Civil Veterinary Department Bihar & Orissa reports 1911-21 - 1911-1921
Year: 1911
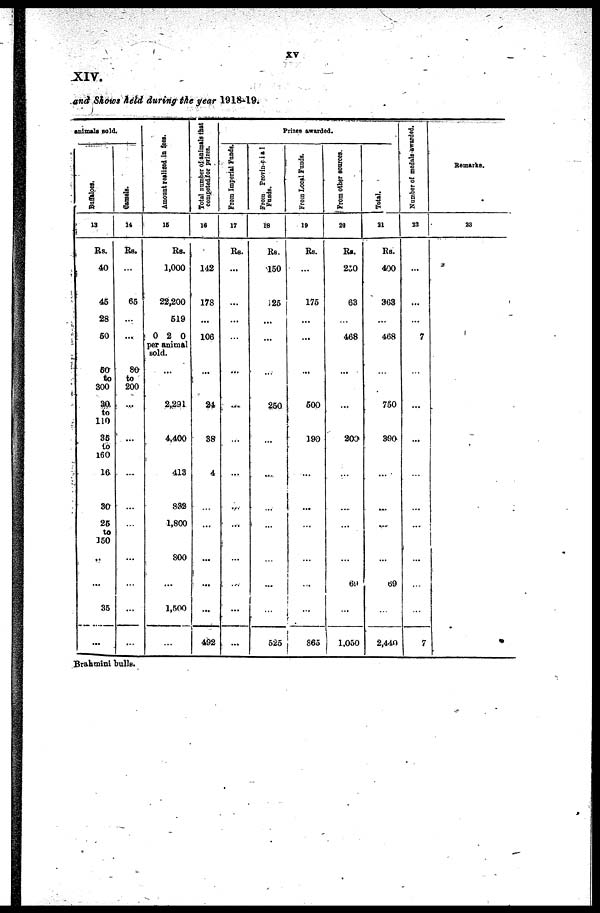
XV
XIV.
and Shows held during the year 1918-19.
animals sold.
Buffaloes.
13
Rs.
40
45
28
60
50
to
300
30
to
110
35
to
160
16
30
25
to
150
...
...
35
...
Camels.
14
Rs.
…
65
...
...
80
to
200
…
…
…
…
…
…
...
…
...
...
Amount realized in fees.
15
Rs.
1,000
22,200
519
0 2 0
per animal
sold.
…
2,291
4,400
…
413
832
1,800
800
...
1,500
…
Total number
of animals that
competed for prizes.
16
142
178
...
106
…
24
38
…
4
…
…
...
...
...
492
Prizes awarded.
From Imperial Funds.
17
Rs.
...
...
...
…
...
...
…
…
...
...
...
...
…
...
...
From Provincial
Funds.
18
RS.
150
125
...
…
…
250
…
…
....
...
…
…
...
…
525
From Local Funds,
19
Rs.
…
175
...
…
…
500
190
…
…
…
…
…
…
...
865
From other sources.
20
RS.
230
63
468
…
…
200
…
…
…
…
…
69
...
1,050
Total.
31
Rs.
400
363
...
468
…
750
390
…
...
…
…
...
69
…
2,440
Number of medals awarded.
22
...
...
...
7
…
…
…
…
…
…
…
...
…
…
7
Remarks.
23
Brahmini bulls.